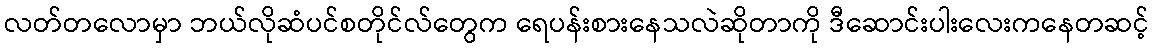
လတ်တလောမှာ ဘယ်လိုဆံပင်စတိုင်လ်တွေက ရေပန်းစားနေသလဲဆိုတာကို ဒီဆောင်းပါးလေးကနေတဆင့်